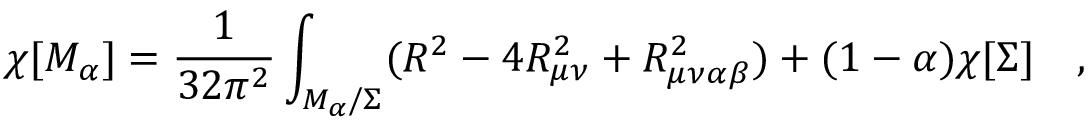
\chi [ { \cal M } _ { \alpha } ] = { \frac { 1 } { 3 2 \pi ^ { 2 } } } \int _ { { \cal M } _ { \alpha } / \Sigma } ( R ^ { 2 } - 4 R _ { \mu \nu } ^ { 2 } + R _ { \mu \nu \alpha \beta } ^ { 2 } ) + ( 1 - \alpha ) \chi [ \Sigma ] ~ ~ ~ ,